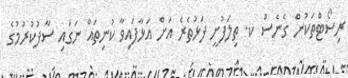
ރިސޯޓްތަކުން ގެނެސް ކ. ތިލަފުށީ ފަޅުތެރެ އަށް އަޅާފައިވާ ކުނިތައް ނަގައި ސާފުކުރުމުގެ